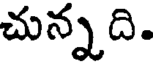
చున్నది.